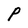
Character: P